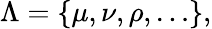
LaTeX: \Lambda=\{ \mu,\nu,\rho,\ldots\} ,